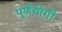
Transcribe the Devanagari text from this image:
पूर्णयोगी